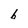
Character: b